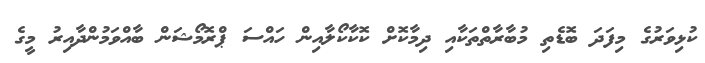
ކުޅިވަރުގެ މިފަދަ ބޮޑެތި މުބާރާތްތަކާއި ދިމާކޮށް ކޮކާކޯލާއިން ހައްސަ ޕްރޮމޯޝަން ބާއްވަމުންދާއިރު މީގެ